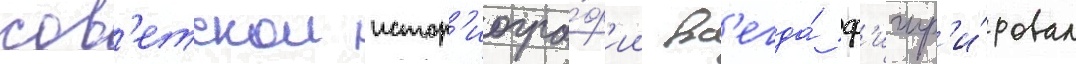
сов'етскои истор'иогра́ф'ии вс'егда́ ф'игур'и́ровал